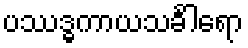
ပဿဒ္ဓကာယသင်္ခါရော